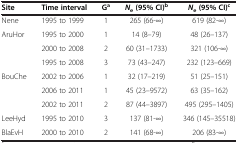
<table><thead><tr><td><b>Site</b></td><td><b>Time interval</b></td><td><b>G<sup>a</sup></b></td><td><b><i>N</i><sub>e </sub>(95% CI)<sup>b</sup></b></td><td><b><i>N</i><sub>e </sub>(95% CI)<sup>c</sup></b></td></tr></thead><tbody><tr><td>Nene</td><td>1995 to 1999</td><td>1</td><td>265 (66-∞)</td><td>619 (82-∞)</td></tr><tr><td>AruHor</td><td>1995 to 2000</td><td>1</td><td>14 (8–79)</td><td>48 (26–137)</td></tr><tr><td> </td><td>2000 to 2008</td><td>2</td><td>60 (31–1733)</td><td>321 (106-∞)</td></tr><tr><td> </td><td>1995 to 2008</td><td>3</td><td>73 (43–247)</td><td>232 (123–669)</td></tr><tr><td>BouChe</td><td>2002 to 2006</td><td>1</td><td>32 (17–219)</td><td>51 (25–151)</td></tr><tr><td> </td><td>2006 to 2011</td><td>1</td><td>45 (23–9572)</td><td>63 (35–162)</td></tr><tr><td> </td><td>2002 to 2011</td><td>2</td><td>87 (44–3897)</td><td>495 (295–1405)</td></tr><tr><td>LeeHyd</td><td>1995 to 2010</td><td>3</td><td>137 (81-∞)</td><td>346 (145–35518)</td></tr><tr><td>BlaEvH</td><td>2000 to 2010</td><td>2</td><td>141 (68-∞)</td><td>206 (83-∞)</td></tr></tbody></table>